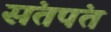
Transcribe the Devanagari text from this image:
संतपंत